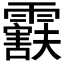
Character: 𬰒